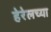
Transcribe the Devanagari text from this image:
हेरेलच्या